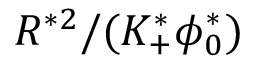
R ^ { * 2 } / ( K _ { + } ^ { * } \phi _ { 0 } ^ { * } )